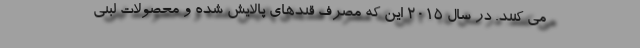
می کنند. در سال 2015 این که مصرف قندهای پالایش شده و محصولات لبنی